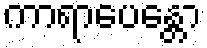
ကာရာပေန္တော